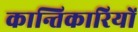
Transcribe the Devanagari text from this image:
कान्तिकारियों